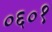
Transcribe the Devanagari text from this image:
०६०१